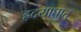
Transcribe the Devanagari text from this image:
ह्रदयाघात